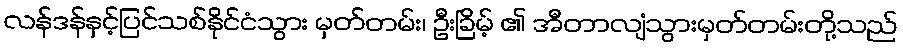
လန်ဒန်နှင့်ပြင်သစ်နိုင်ငံသွား မှတ်တမ်း၊ ဦးခြိမ့် ၏ အီတာလျံသွားမှတ်တမ်းတို့သည်